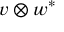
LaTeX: v \otimes w ^ { * }